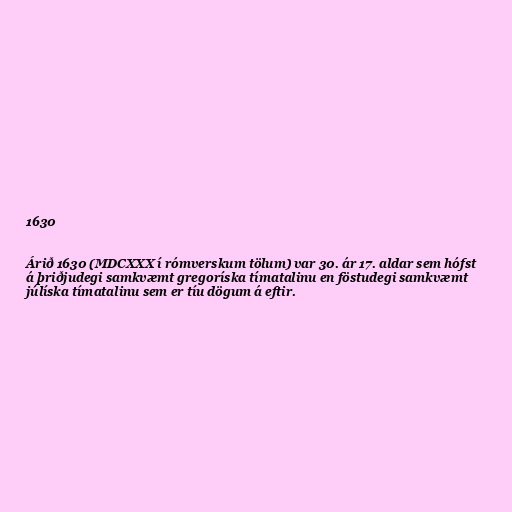
1630

Árið 1630 (MDCXXX í rómverskum tölum) var 30. ár 17. aldar sem hófst
á þriðjudegi samkvæmt gregoríska tímatalinu en föstudegi samkvæmt
júlíska tímatalinu sem er tíu dögum á eftir.